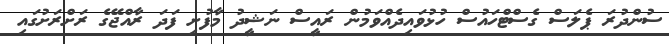
ސުންދުރަ ޕެލަސް ގެސްޓްހައުސް ހުޅުވައިދެއްވަމުން ރައީސް ނަޝީދު މާފުށި ފަދަ ރާއްޖޭގެ ރަށްރަށުގައި